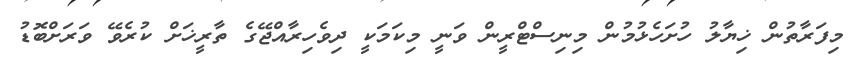
މިފަރާތުން ޚިޔާލު ހުށަހެޅުމުން މިނިސްޓްރީން ވަނީ މިކަމަކީ ދިވެހިރާއްޖޭގެ ތާރީޚަށް ކުރެވޭ ވަރަށްބޮޑު